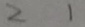
2 1